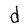
Character: d